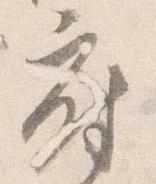
府